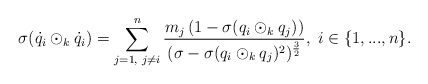
\begin{align*} \sigma(\dot{q}_{i}\odot_{k}\dot{q}_{i})=\sum\limits_{j=1,\textrm{ }j\neq i}^{n}\frac{m_{j}\left(1-\sigma(q_{i}\odot_{k}q_{j})\right)}{(\sigma-\sigma(q_{i}\odot_{k}q_{j})^{2})^{\frac{3}{2}}},\textrm{ }i\in\{1,...,n\}. \end{align*}